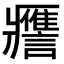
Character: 𧭭